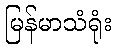
မြန်မာသံရုံး